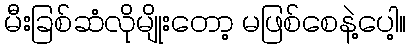
မီးခြစ်ဆံလိုမျိုးတော့ မဖြစ်စေနဲ့ပေါ့။